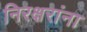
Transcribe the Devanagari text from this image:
निरक्षरांना